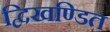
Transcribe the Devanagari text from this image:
द्विखण्डित